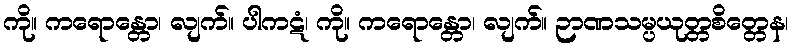
ကို။ ကရောန္တော၊ လျက်။ ပါကဋံ၊ ကို။ ကရောန္တော၊ လျက်။ ဉာဏသမ္ပယုတ္တစိတ္တေန၊